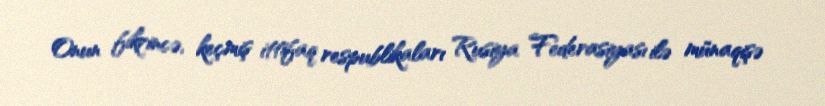
Onun fikrincə, keçmiş ittifaq respublikaları Rusiya Federasiyası ilə münaqişə